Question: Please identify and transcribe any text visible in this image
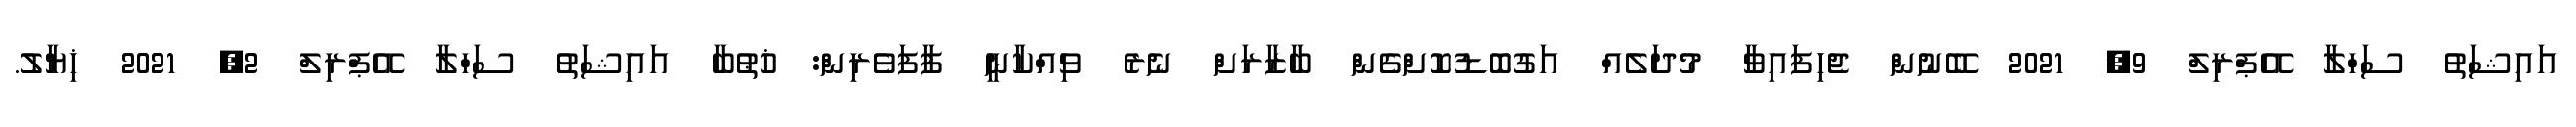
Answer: އައިޝަތު ސަހްލާ އޭޕްރިލް 9, 2021 ބޭނުން ޖެހިފައިވާ މުދަލެއް އަގުބޮޑުކޮށްގެން ބާޒާރަށް ނެރެ ވިއްކާނީ ފާފަވެރިން: ޚުޠުބާ އައިޝަތު ސަހްލާ އޭޕްރިލް 2, 2021 ޚިޔާލު.